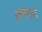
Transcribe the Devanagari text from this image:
खूमानी